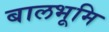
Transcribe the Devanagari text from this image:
बालभूमि